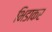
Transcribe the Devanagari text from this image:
भिडाकर